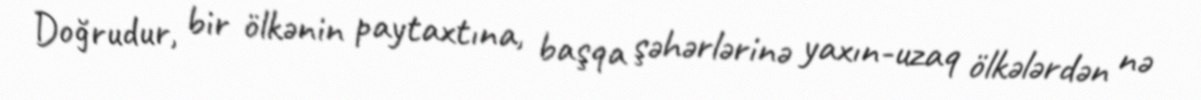
Doğrudur, bir ölkənin paytaxtına, başqa şəhərlərinə yaxın-uzaq ölkələrdən nə